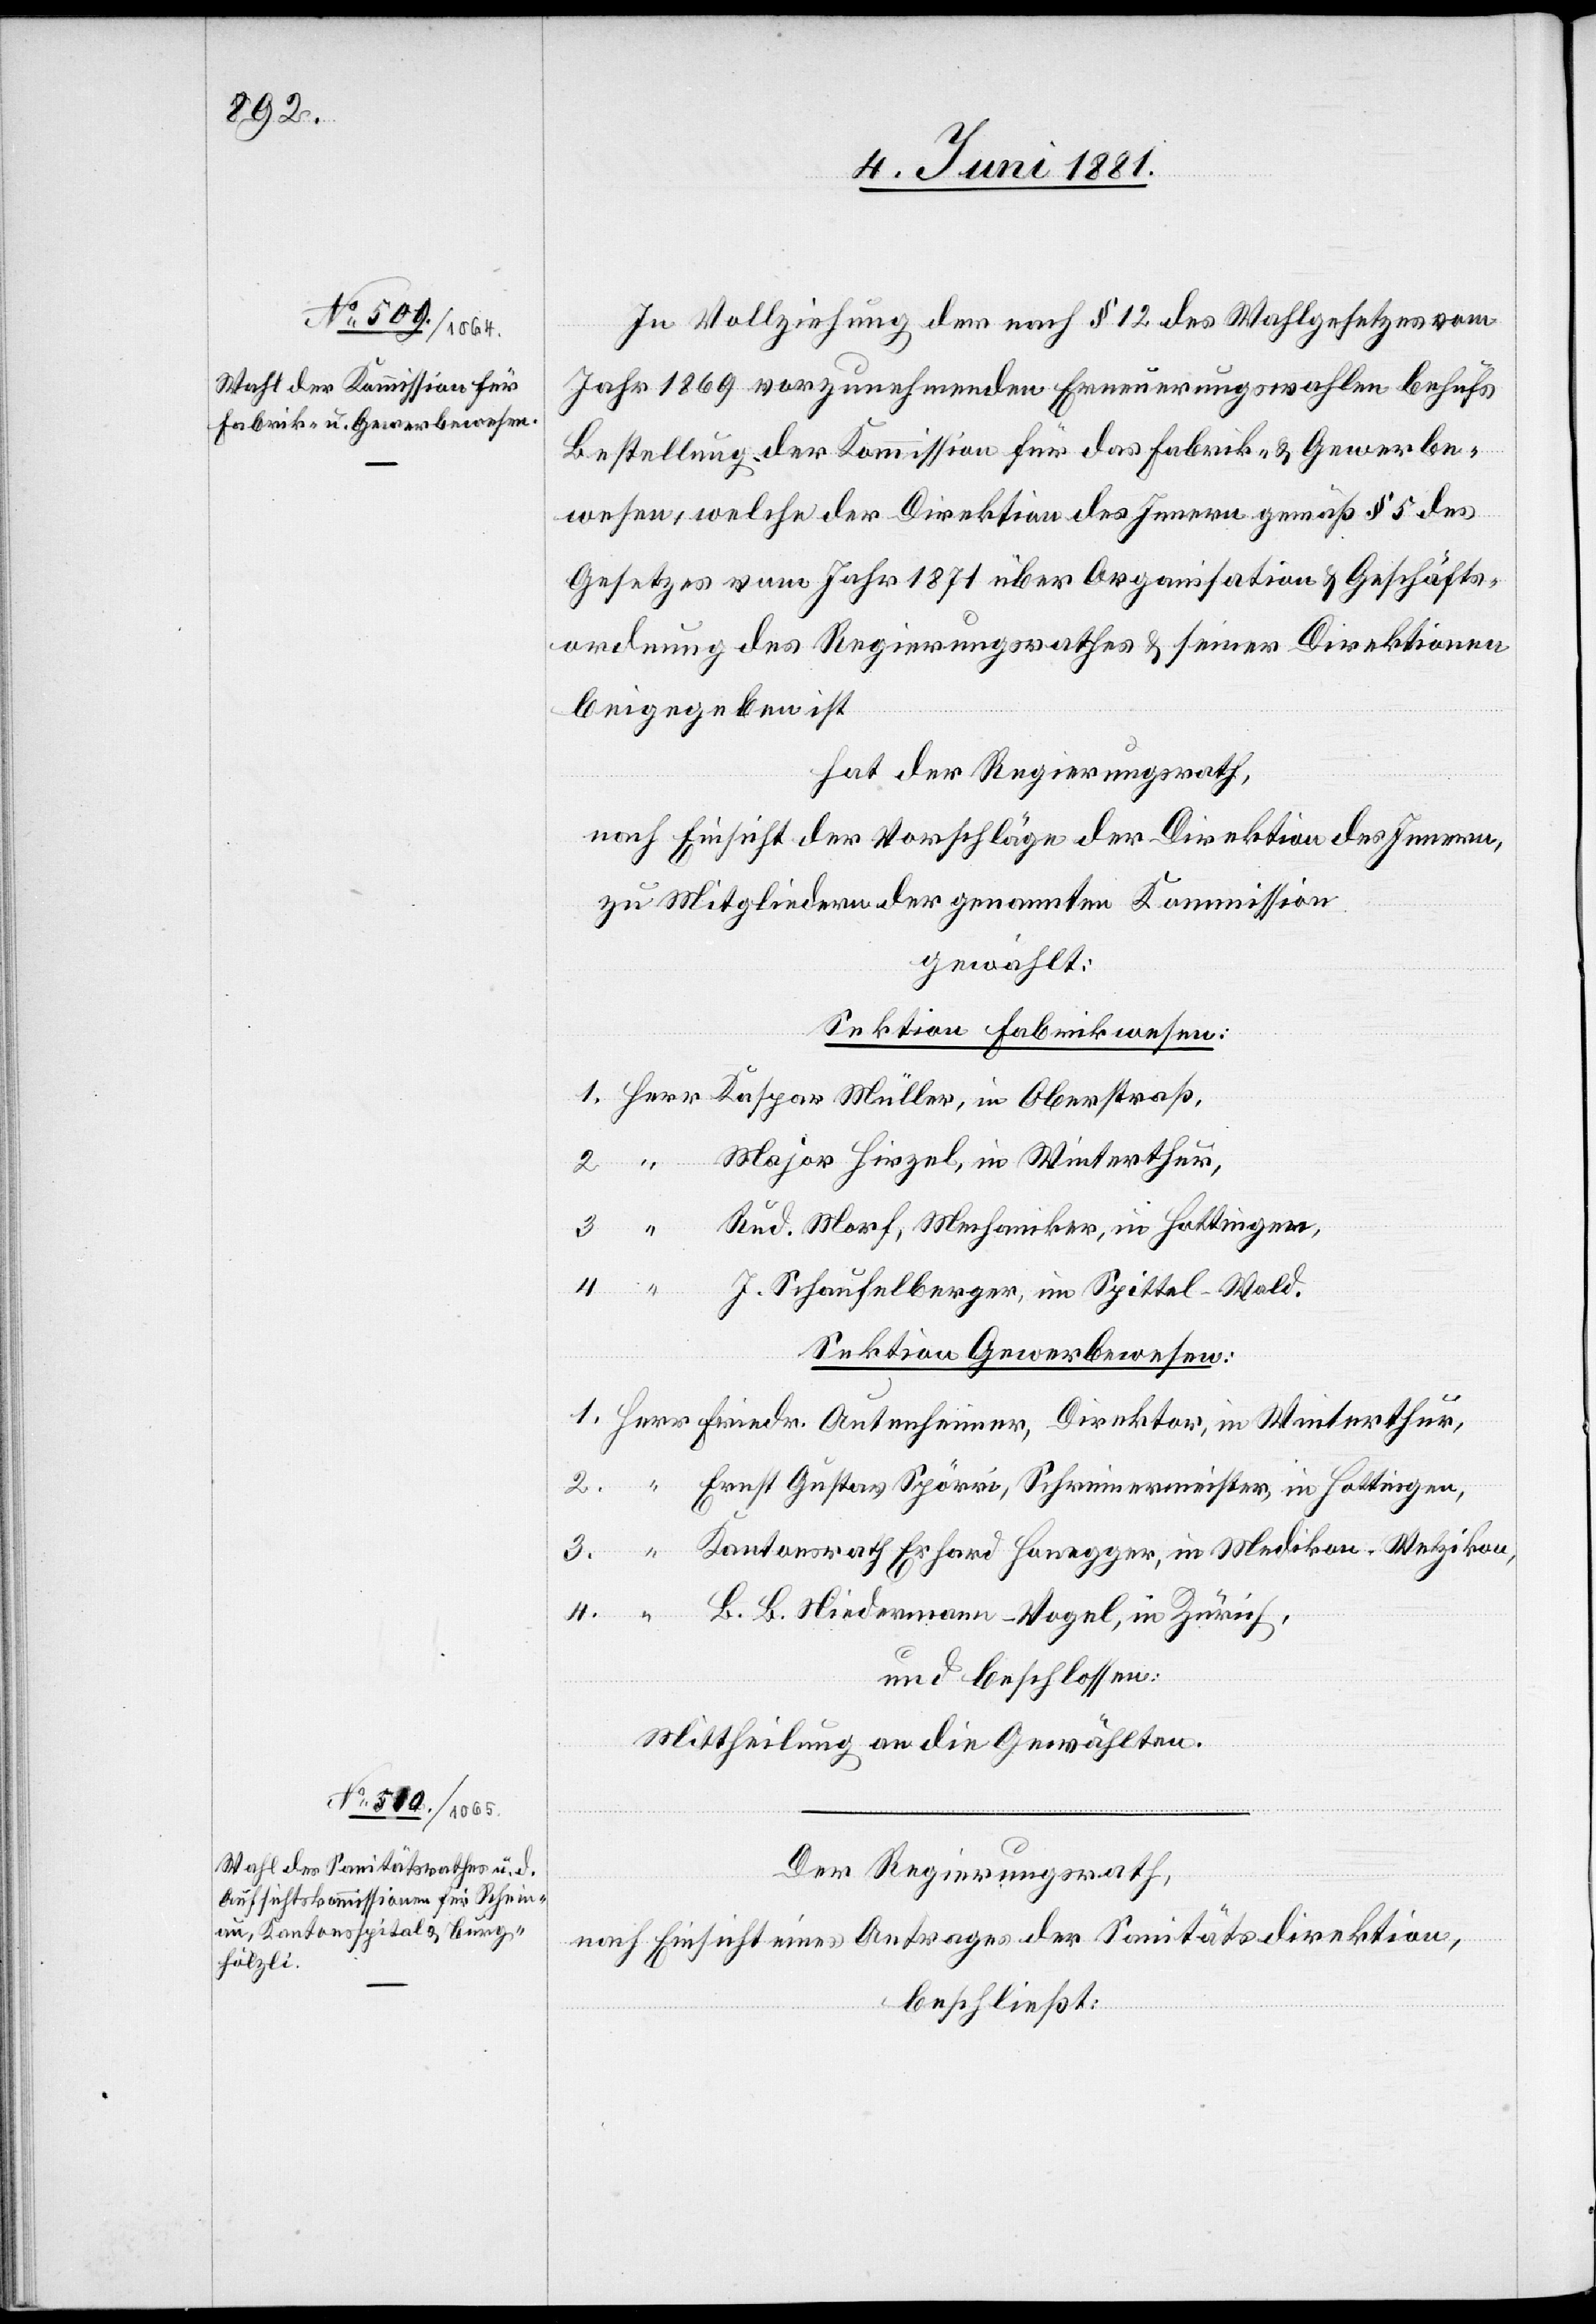
In Vollziehung des nach § 12 des Wahlgesetzes vom
Jahr 1869 vorzunehmenden Erneuerungswahlen behufs
Bestellung der Kommission für das Fabrik- & Gewerbe¬
wesen, welche der Direktion des Innern gemäß § 5 des
Gesetzes vom Jahr 1871 über Organisation & Geschäfts¬
ordnung des Regierungsrathes & seiner Direktion
beigegeben ist
hat der Regierungsrath,
nach Einsicht der Vorschläge der Direktion des Innern,
den Mitgliedern der genannten Kommission
gewählt:
Sektion Fabrikwesen:
Major Hirzel, in Winterthur,
Rud. Morf, Mechaniker, in Hottingen,
J. Schaufelberger, in Spittel - Wald.
Sektion Gewerbewesen:
Ernst Gustav Spörri, Schreinermeister, in Hottingen,
Kantonsrath Erhard Honegger, in Medikon - Wetzikon,
B. B. Niedermann-Vogel, in Zürich,
und beschlossen:
Mittheilung an die Gewählten.
Der Regierungsrath,
nach Einsicht eines Antrages der Sanitätsdirektion,
beschließt: